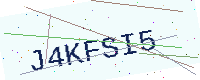
Text: J4KFSI5